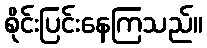
စိုင်းပြင်းနေကြသည်။